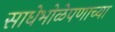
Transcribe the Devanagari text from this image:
साधेभोळेपणाच्या